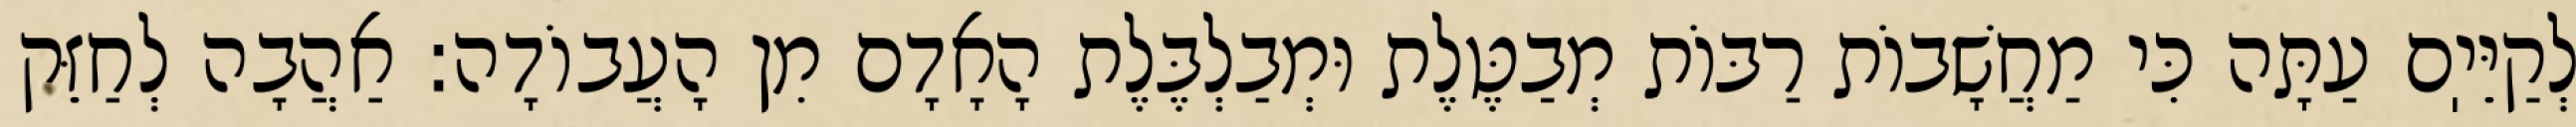
לְקַיֵּיֽם עַתָּה כִּי מַחֲשָׁבוֹת רַבּוֹת מְבַטֶּלֶת וּמְבַלְבֶּלֶת הָאָדָם מִן הָעֲבוֹדָה: אַהֲבָה לְחַזֵּק